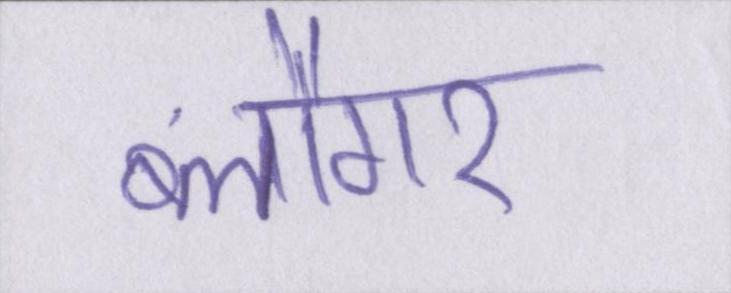
ब्लौगर